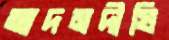
আদমদীঘি